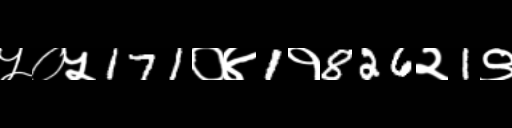
Text: ५०५171०४1१826२1९